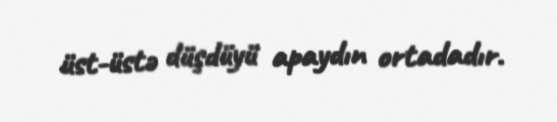
üst-üstə düşdüyü apaydın ortadadır.